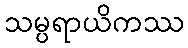
သမ္ပရာယိကဿ